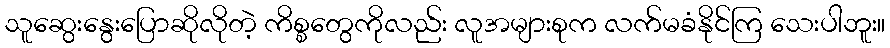
သူဆွေးနွေးပြောဆိုလိုတဲ့ ကိစ္စတွေကိုလည်း လူအများစုက လက်မခံနိုင်ကြ သေးပါဘူး။